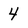
Character: 4